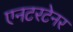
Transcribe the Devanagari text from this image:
एनटरटेनर